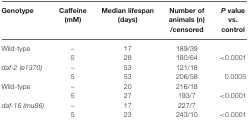
| Genotype | Caffeine (mM) | Median lifespan (days) | Number of animals (n)/censored | P value vs. control |
 | --- | --- | --- | --- | --- |
 | Wild-type | – | 17 | 189/39 |  |
 |  | 5 | 28 | 180/64 | <0.0001 |
 | daf-2 (e1370) | – | 53 | 121/18 |
 |  | 5 | 53 | 206/58 | 0.0005 |
 | Wild-type | – | 20 | 216/18 |
 |  | 5 | 27 | 193/7 | <0.0001 |
 | daf-16 (mu86) | – | 17 | 227/7 |
 |  | 5 | 23 | 243/10 | <0.0001 |